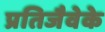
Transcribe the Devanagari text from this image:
प्रतिजैवेके